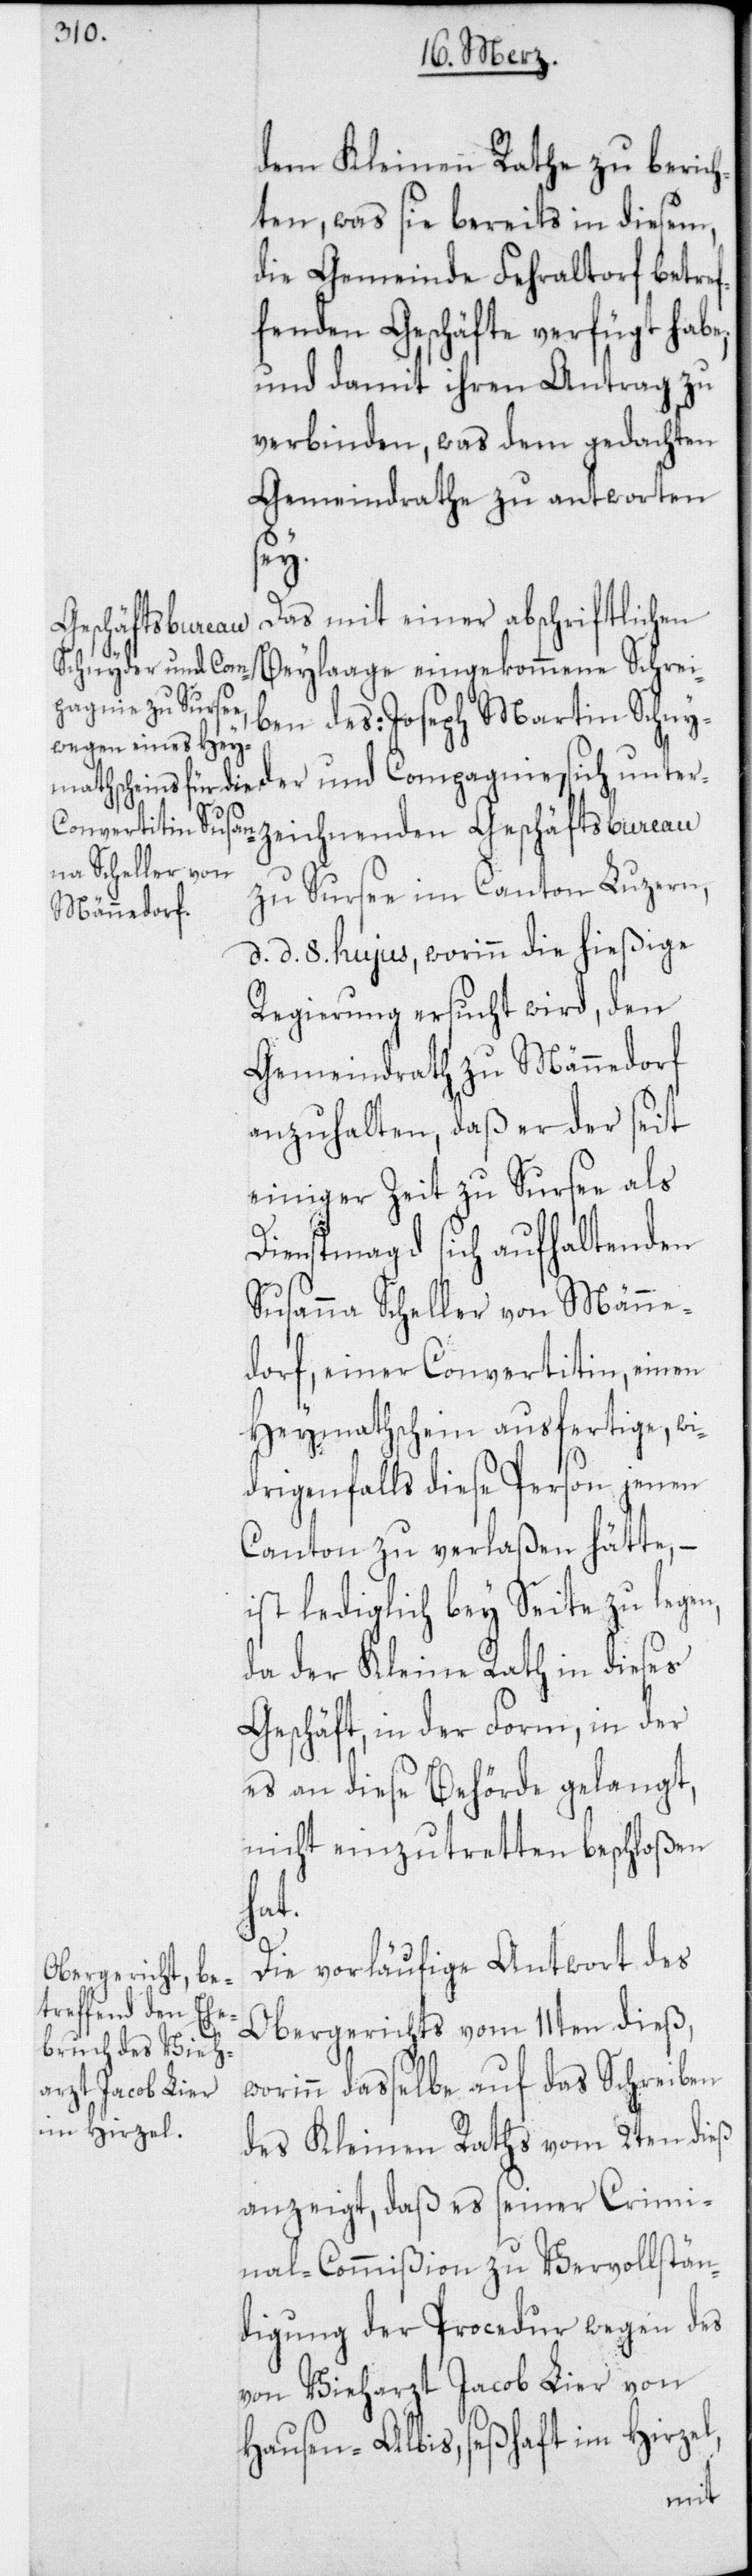
dem Kleinen Rathe zu berich¬
ten, was sie bereits in diesem,
die Gemeinde Fehraltorf betref¬
fenden Geschäfte verfügt habe;
und damit ihren Antrag zu
verbinden, was dem gedachten
Gemeindrathe zu antworten
den
Das mit einer abschriftlichen
Geschäftsbureau
Beylage eingekommene Schrei¬
ben des: Joseph Martin Schny¬
der und Compagnie, sich unterz¬
zu Sursee im Canton Luzern,
d. d. 8. hujus, worinn die hießige
Regierung ersucht wird, den
Gemeindrath zu Männedorf
anzuhalten, daß er der seit
einiger Zeit zu Sursee als
Dienstmagd sich aufhaltenden
Susanna Scheller von Männe¬
dorf, einer Convertitin, einen
Heymathschein ausfertige, wi¬
drigenfalls diese Person jenen
Canton zu verlaßen hätte, –
ist lediglich bey Seite zu legen,
da der Kleine Rath in dieses
Geschäft, in der Form, in der
es an diese Behörde gelangt,
nicht einzutretten beschloßen
hat.
Die vorläufige Antwort des
Obergerichts vom 11ten dieß,
worinn daßelbe auf das Schreiben
des Kleinen Raths vom 2ten dieß
anzeigt, daß es seiner Crimi¬
nal-Commißion zu Vervollstän¬
digung der Procedur wegen des
von Vieharzt Jacob Lier von
Hausen-Albis, seßhaft im Hirzel,